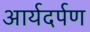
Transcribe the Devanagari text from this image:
आर्यदर्पण